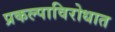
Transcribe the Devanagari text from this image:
प्रकल्पाविरोधात